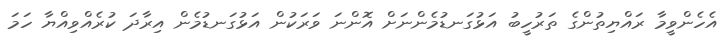
އެހެންވީމާ ރައްޔިތުންގެ ތަރުހީބު އަޅުގަނޑުމެންނަށް އޮންނަ ވަރަކުން އަޅުގަނޑުމެން އިރާދަ ކުރެއްވިއްޔާ ހަމަ